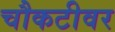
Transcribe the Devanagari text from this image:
चौकटीवर